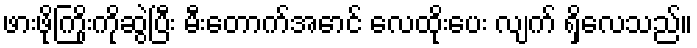
ဖားဖိုကြိုးကိုဆွဲပြီး မီးတောက်အောင် လေထိုးပေး လျက် ရှိလေသည်။